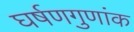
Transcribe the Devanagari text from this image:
घर्षणगुणांक